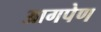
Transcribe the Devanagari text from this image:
आगपेण